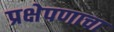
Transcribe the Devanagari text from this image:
प्रक्षेपणाचा